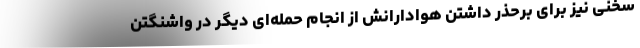
سخنی نیز برای برحذر داشتن هوادارانش از انجام حمله‌ای دیگر در واشنگتن